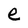
Character: e